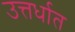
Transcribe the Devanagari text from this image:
उत्तर्धात